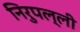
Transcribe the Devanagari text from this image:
निरुपल्ली